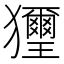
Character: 𤣔